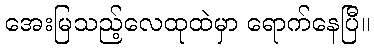
အေးမြသည့်လေထုထဲမှာ ရောက်နေပြီ။